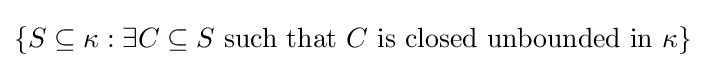
\{S\subseteq \kappa :\exists C\subseteq S{\text{ such that }}C{\text{ is closed unbounded in }}\kappa \}